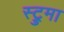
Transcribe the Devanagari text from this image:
स्ट्रुमा